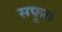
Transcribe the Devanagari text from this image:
सफूरा